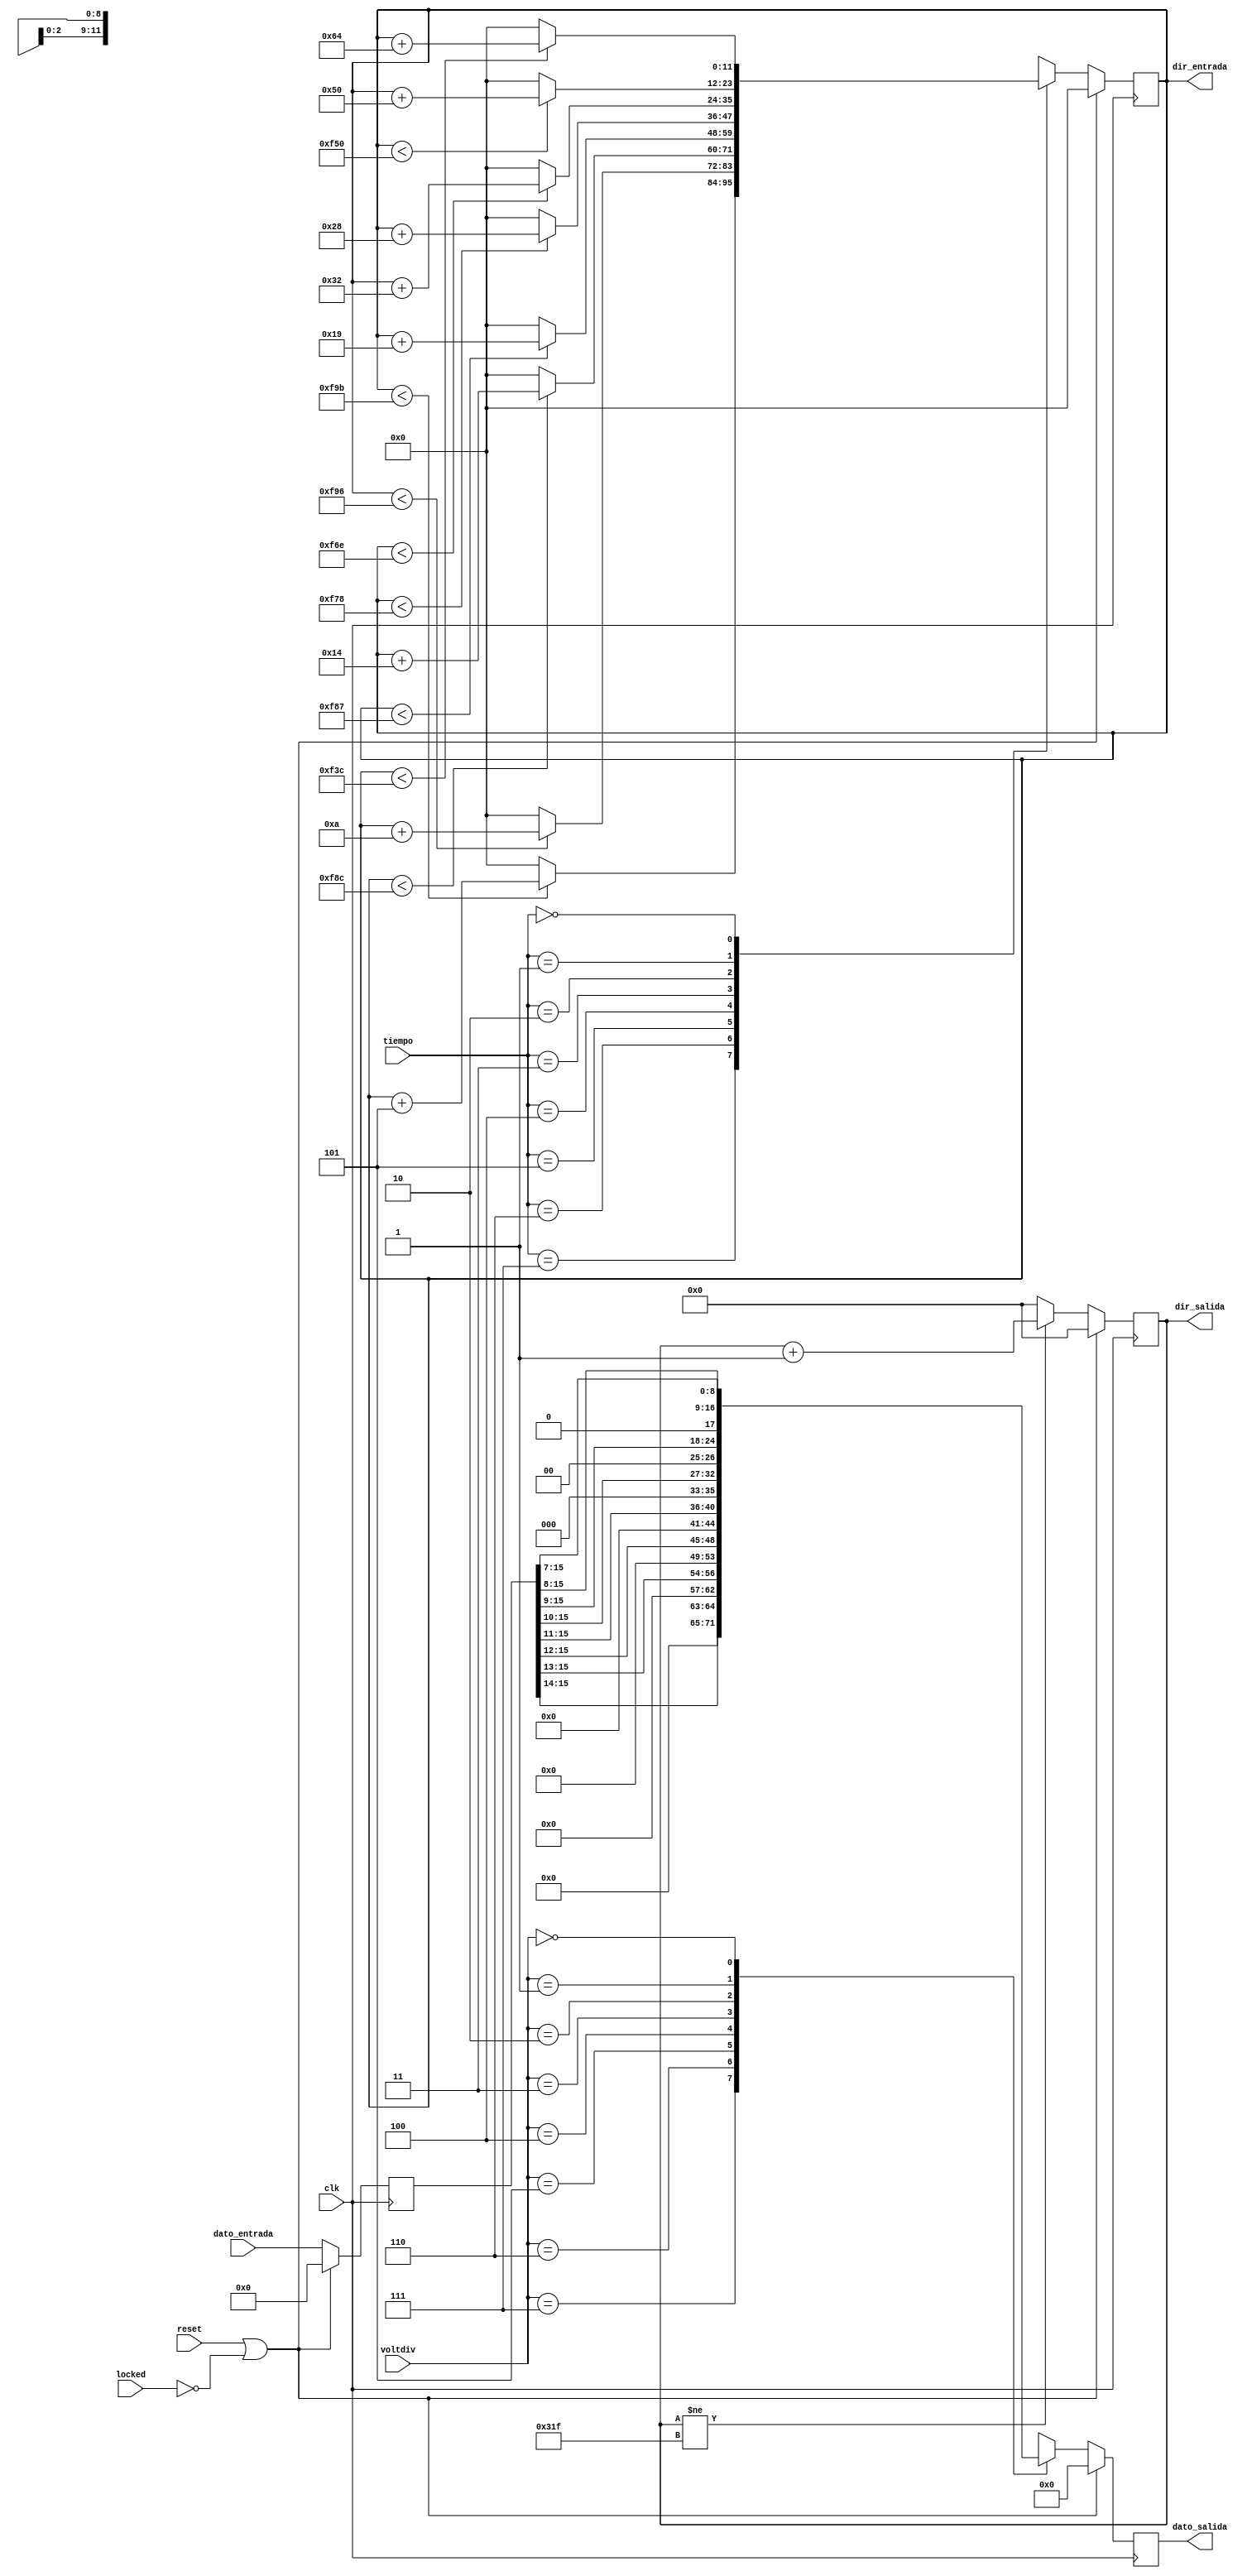
`timescale 1ns / 1ps

module adaptador(
    input clk,
    input reset,
    input locked,
    //input tiempo,
    input [15:0] dato_entrada,  //Del ADC 1 salen 16 bits, solo me interesan los 12 MSB
    input [2:0] voltdiv,
    input [2:0] tiempo, 
    output [11:0] dir_entrada,
    output reg [8:0] dato_salida,
    output [9:0] dir_salida
    );
 
reg [11:0] cont;
reg [15:0] dato_aux_16;
reg [9:0] cont_salida;
reg [15:0] dato_anterior;

reg [2:0] t_ant; 

always @(posedge clk) begin
    if (reset || ~locked) begin
        dato_aux_16 <= 0;
        cont <= 0;
        cont_salida <= 0;
        dato_salida <= 0;
        dato_anterior <= 0;       
    end
    else begin
        cont_salida <= (cont_salida != 799)? cont_salida + 1 : 0;
        //Se escoge con cual de los dos canales nos quedamos en pantalla:
        dato_aux_16 <= dato_entrada;     
        case (voltdiv)
            7: dato_salida <= dato_aux_16[15:14];   //12.8  
            6: dato_salida <= dato_aux_16[15:13];   //6.4
            5: dato_salida <= dato_aux_16[15:12];   //3.2
            4: dato_salida <= dato_aux_16[15:11];   //1.6
            3: dato_salida <= dato_aux_16[15:10];   //0.8
            2: dato_salida <= dato_aux_16[15:9];    //0.4
            1: dato_salida <= dato_aux_16[15:8];    //0.2
            0: dato_salida <= dato_aux_16[15:7];    //0.1
            default: begin end
        endcase
        if (tiempo != t_ant)
            cont <= 0;
        case (tiempo)
            7: cont <= (cont < 3995)? cont + 5 : 0;
            6: cont <= (cont < 3990)? cont + 10 : 0;
            5: cont <= (cont < 3980)? cont + 20 : 0;  
            4: cont <= (cont < 3975)? cont + 25 : 0;   
            3: cont <= (cont < 3960)? cont + 40 : 0;   
            2: cont <= (cont < 3950)? cont + 50 : 0;   
            1: cont <= (cont < 3920)? cont + 80 : 0;    
            0: cont <= (cont < 3900)? cont + 100 : 0;    
            default: begin end
        endcase
        dato_anterior <= dato_aux_16;
        t_ant <= tiempo;    
    end    
end
    
assign dir_entrada = cont;  
assign dir_salida = cont_salida;
    
endmodule